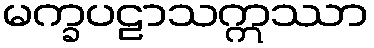
မက္ခပဠာသဣဿာ